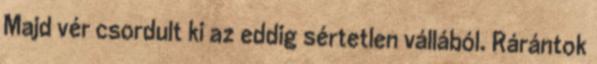
Majd vér csordult ki az eddig sértetlen vállából. Rárántok